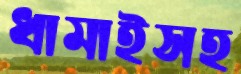
ধামাইসহ